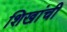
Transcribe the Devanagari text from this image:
शिखांची